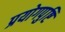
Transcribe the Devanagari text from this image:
प्रयोगपुष्टि